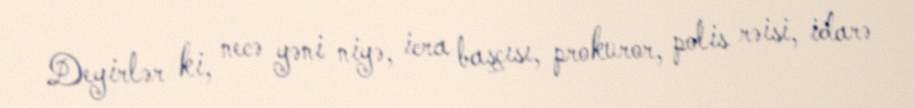
Deyirlər ki, necə yəni niyə, icra başçısı, prokuror, polis rəisi, idarə